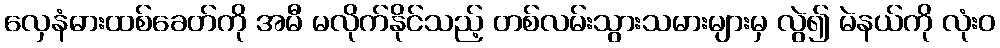
လှေနံဓားထစ်ခေတ်ကို အမီ မလိုက်နိုင်သည့် တစ်လမ်းသွားသမားများမှ လွဲ၍ မဲနယ်ကို လုံးဝ